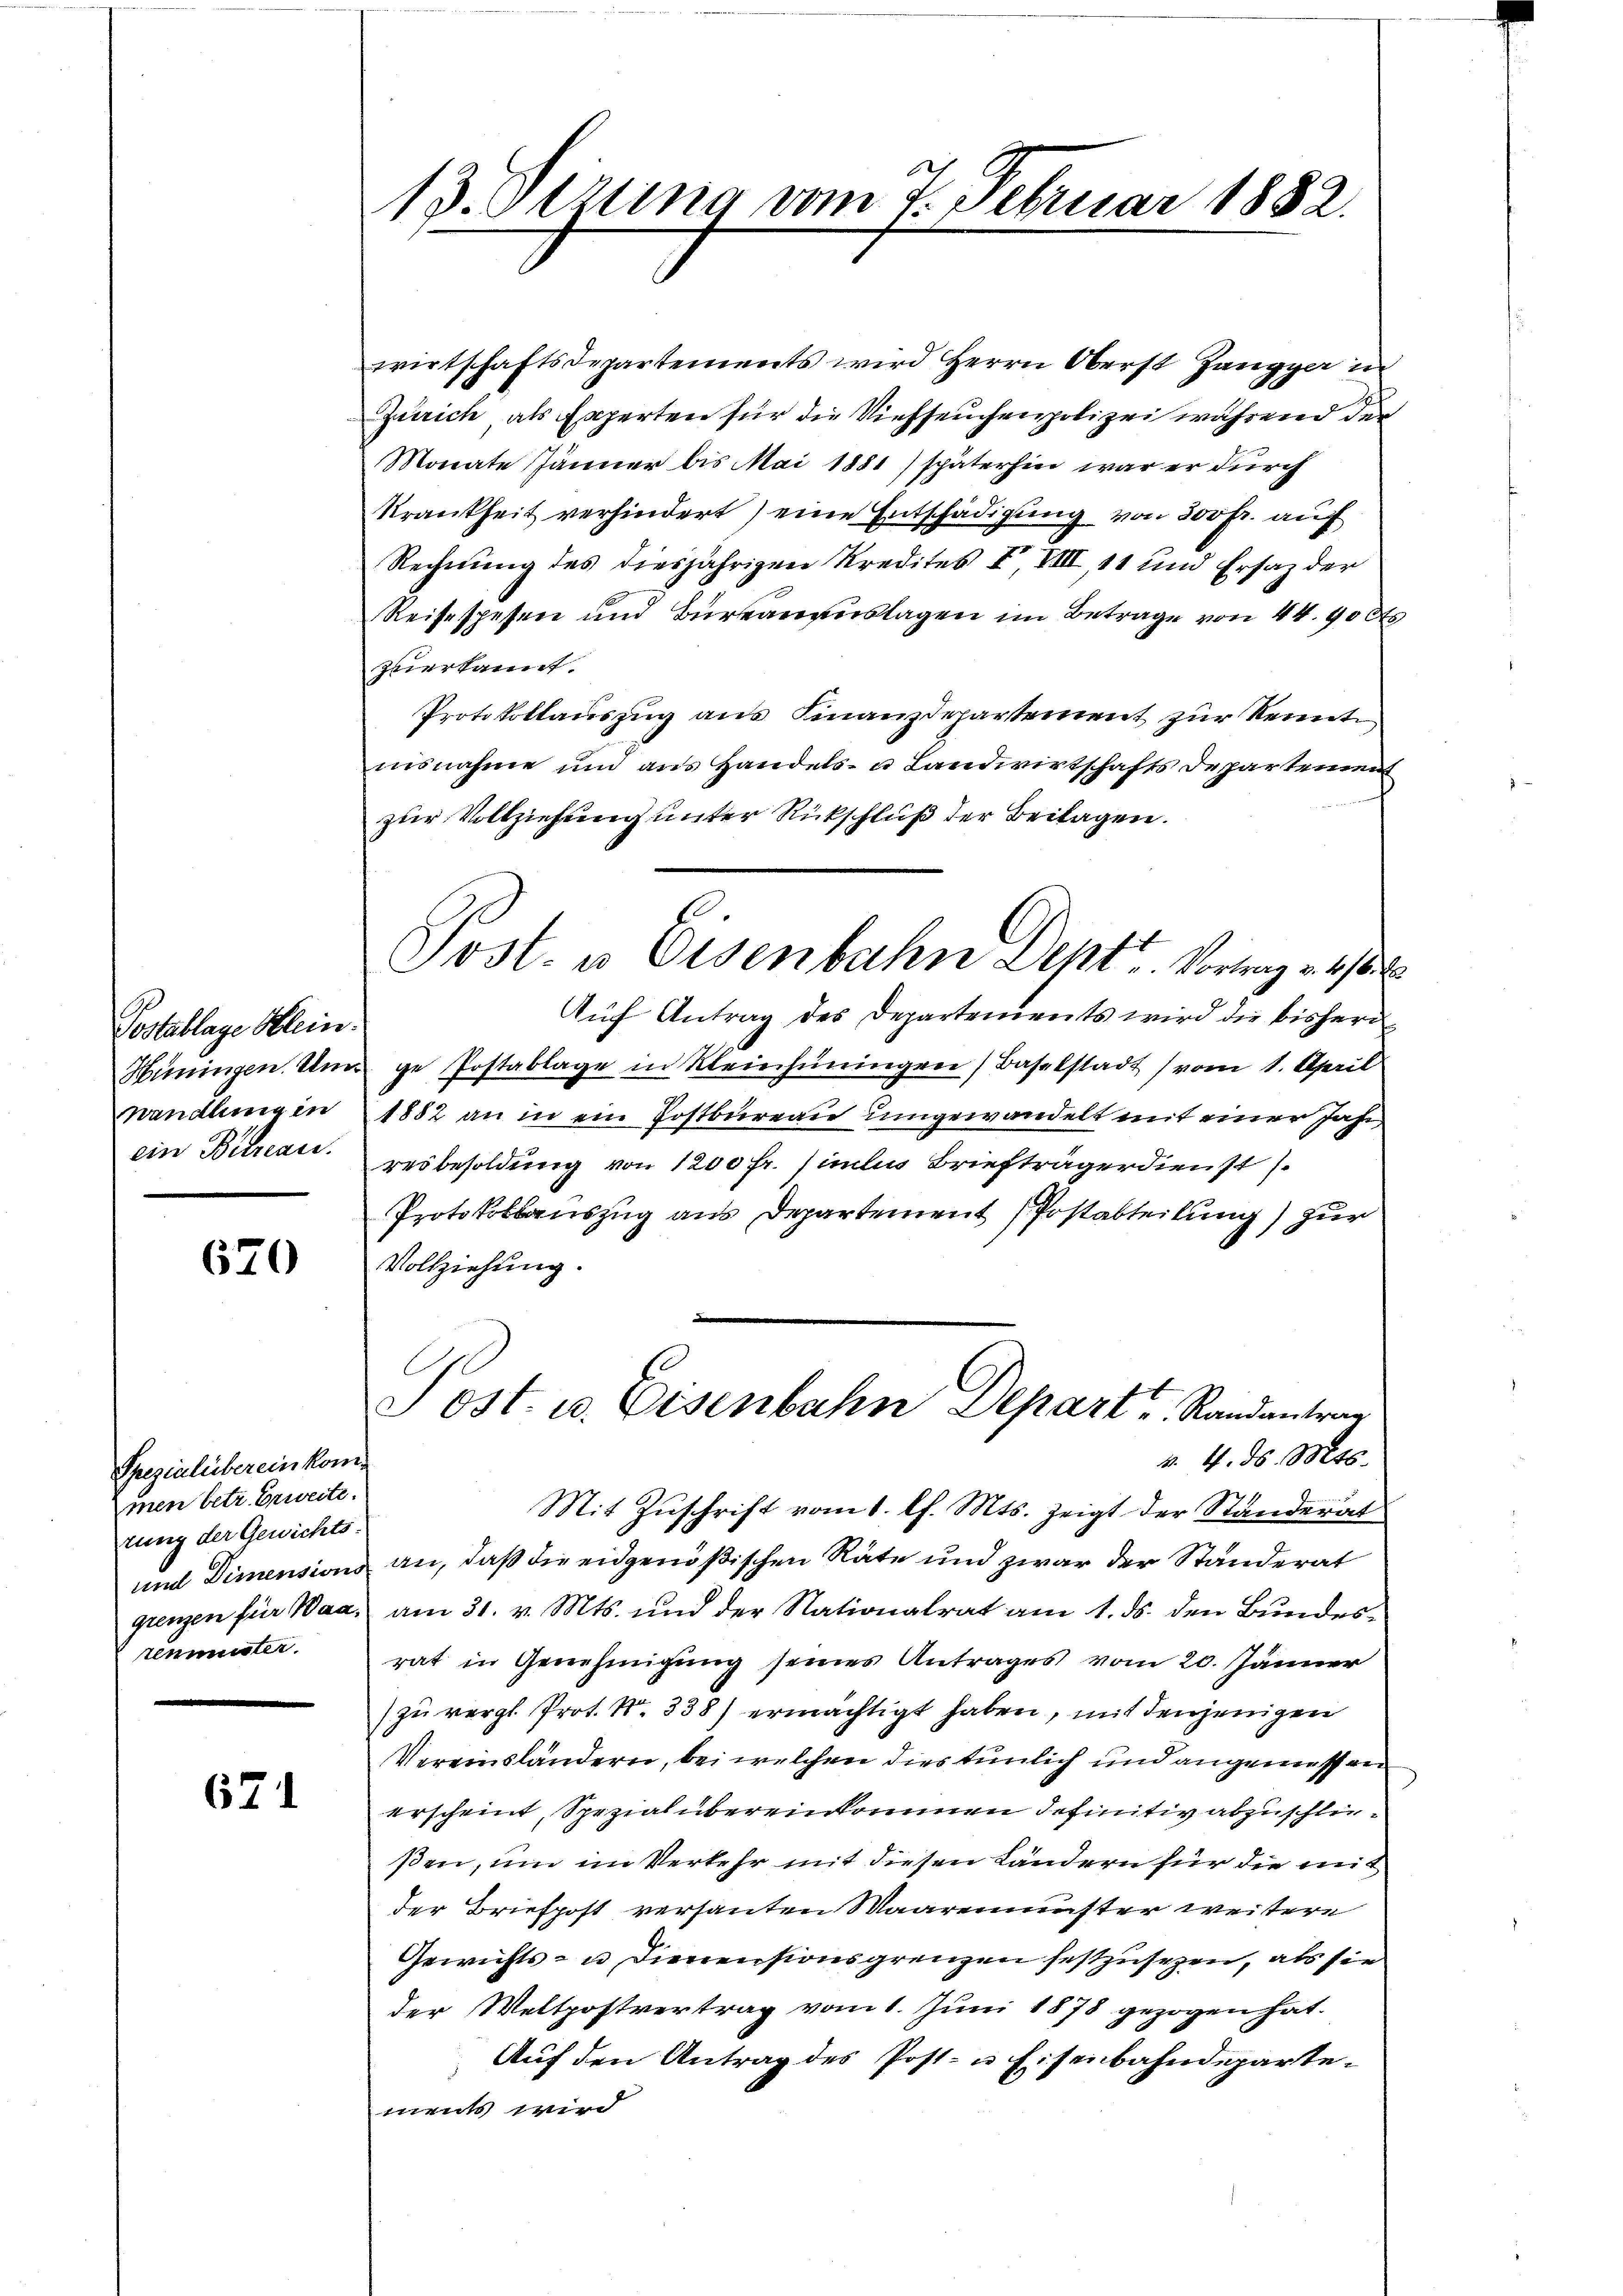
Postablage Klein.
Hüningen. Um¬
Wandlung in
ein Bureau.

670

Spezialibereinkommen betr. Erweite.
rung der Gewichtsrenmuster.

671

13. Sezung vom 7. Februar 1882.

wirtschaftsdepartements wird Herrn Oberst Zangger in
Zürich als Experten für die Viehseuchenpolizei während der
Monate Jänner bis Mai 1881) späterhin war er durch
Krankheit verhindert) eine Entschädigung von 300 fr. auf
Rechnung des diesjährigen Kredites I, VIII, 11 und Ersatz der
Reise spesen und Bureauauslagen im Betrage von 44. 90 0
zuerkannt.
Protokollauszug aus Finanzdepartement zur Kennt
nisnahme und aus Handels- u Landwirtschafts Departement
zur Vollziehung unter Rückschluß der Beilagen.
Auf Antrag des Departements wird die bisheri
ge Postablage in Kleinhüningen, Baselstadt (vom 1. April
1882 an in ein Postbureau umgewandelt mit einer Jahr
resbesoldung von 1200 Fr. similie Briefträgerdienst s
Protokollauszug aus Departement (Postabteilung) zur
.
Vollziehung.
d
Post- u. Eisenbahn Depart u. Randantrag
v. 4. d. Mts.
Mit Zuschrift vom 1. l. Mts. zeigt der Stunderat
und Dimensions an, daß die eidgenößischen Räte und zwar der Ständerat
grenzen für Waa am 31. v. Mts. und der Nationalrat am 1. ds. den Bundesrat in Genehmigung seines Antrages vom 20. Jänner
zu vergl. Prot. N. 338) ermächtigt haben, mit denjenigen
Vereinsländern, bei welchen dies tunlich und angemessen
erscheint, Spezial übereinkommen definitiv abzuschließen, um im Verkehr mit diesen Ländern für die mit
der Briefpost versanten Maaremenster weitere
Gewichts- u. Dienensionsgrenzen festzusezen, als sie
der Weltpostvertrag vom 1. Juni 1878 gezogen hat.
Auf den Antrag des Post- u Eisenbahndepartement wird

Post. u. Eisenbahn Dept Vortrag